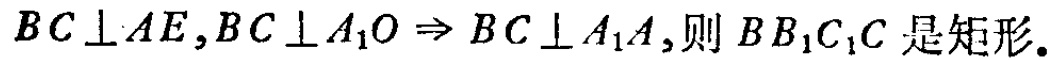
\(BC\perp AE,BC\perp A_{1}O\Rightarrow BC\perp A_{1}A,则\ BB_{1}C_{1}C\ 是矩形.\)